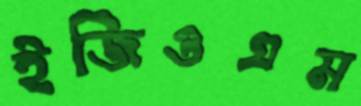
ইজিওএম